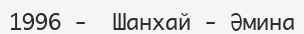
1996 -  Шанхай - Әмина